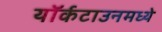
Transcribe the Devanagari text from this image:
यॉर्कटाउनमध्ये